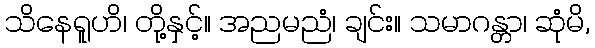
သိနေရူဟိ၊ တို့နှင့်။ အညမညံ၊ ချင်း။ သမာဂန္တာ၊ ဆုံမိ,